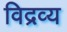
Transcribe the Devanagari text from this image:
विद्रव्य